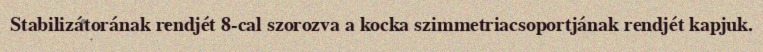
Stabilizátorának rendjét 8-cal szorozva a kocka szimmetriacsoportjának rendjét kapjuk.